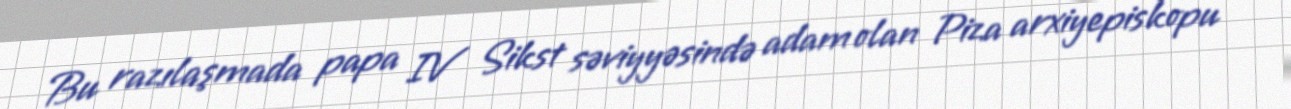
Bu razılaşmada papa IV Sikst səviyyəsində adam olan Piza arxiyepiskopu